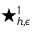
\star _ { h , \epsilon } ^ { 1 }